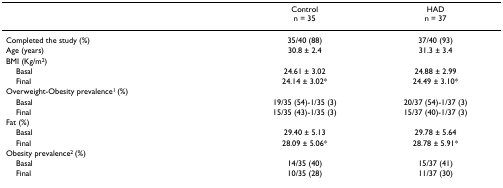
|  | Control n = 35 | HAD n = 37 |
 | --- | --- | --- |
 | Completed the study (%) | 35/40 (88) | 37/40 (93) |
 | Age (years) | 30.8 ± 2.4 | 31.3 ± 3.4 |
 | BMI (Kg/m2) |  |  |
 | Basal | 24.61 ± 3.02 | 24.88 ± 2.99 |
 | Final | 24.14 ± 3.02* | 24.49 ± 3.10* |
 | Overweight-Obesity prevalence1 (%) |  |  |
 | Basal | 19/35 (54)-1/35 (3) | 20/37 (54)-1/37 (3) |
 | Final | 15/35 (43)-1/35 (3) | 15/37 (40)-1/37 (3) |
 | Fat (%) |  |  |
 | Basal | 29.40 ± 5.13 | 29.78 ± 5.64 |
 | Final | 28.09 ± 5.06* | 28.78 ± 5.91* |
 | Obesity prevalence2 (%) |  |  |
 | Basal | 14/35 (40) | 15/37 (41) |
 | Final | 10/35 (28) | 11/37 (30) |